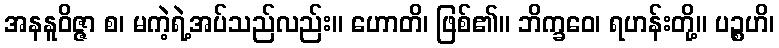
အနနူဝိဇ္ဇာ စ၊ မကဲ့ရဲ့အပ်သည်လည်း။ ဟောတိ၊ ဖြစ်၏။ ဘိက္ခဝေ၊ ရဟန်းတို့။ ပဉ္စဟိ၊